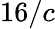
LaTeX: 16/c